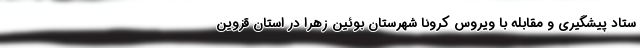
ستاد پیشگیری و مقابله با ویروس کرونا شهرستان بوئین زهرا در استان قزوین